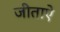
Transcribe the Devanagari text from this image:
जीताऐ